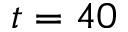
t = 4 0